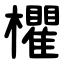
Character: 欋